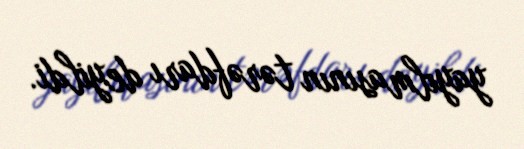
yayılmasının tərəfdarı deyildi.